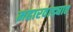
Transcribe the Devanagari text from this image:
महारवाड्यात